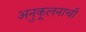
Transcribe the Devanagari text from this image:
अनुकूलनाची